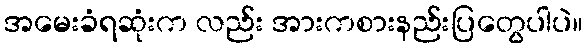
အမေးခံရဆုံးက လည်း အားကစားနည်းပြတွေပါပဲ။